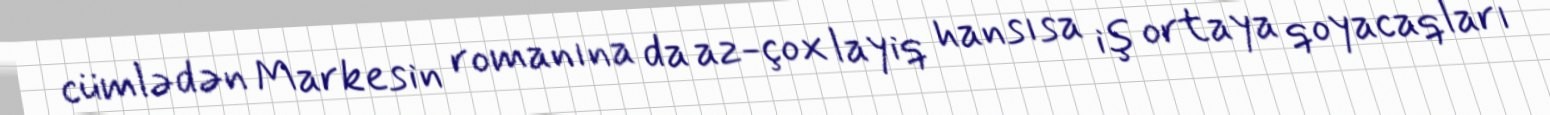
cümlədən Markesin romanına da az-çox layiq hansısa iş ortaya qoyacaqları